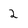
Character: 2